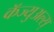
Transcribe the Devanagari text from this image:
कॅज्युअल्स्